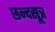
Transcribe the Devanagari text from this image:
छन्दसूत्र